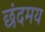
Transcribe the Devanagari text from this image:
छंदमय